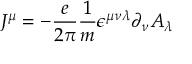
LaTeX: J ^ { \mu } = - { \frac { e } { 2 \pi } } { \frac { 1 } { m } } \epsilon ^ { \mu \nu \lambda } \partial _ { \nu } A _ { \lambda }